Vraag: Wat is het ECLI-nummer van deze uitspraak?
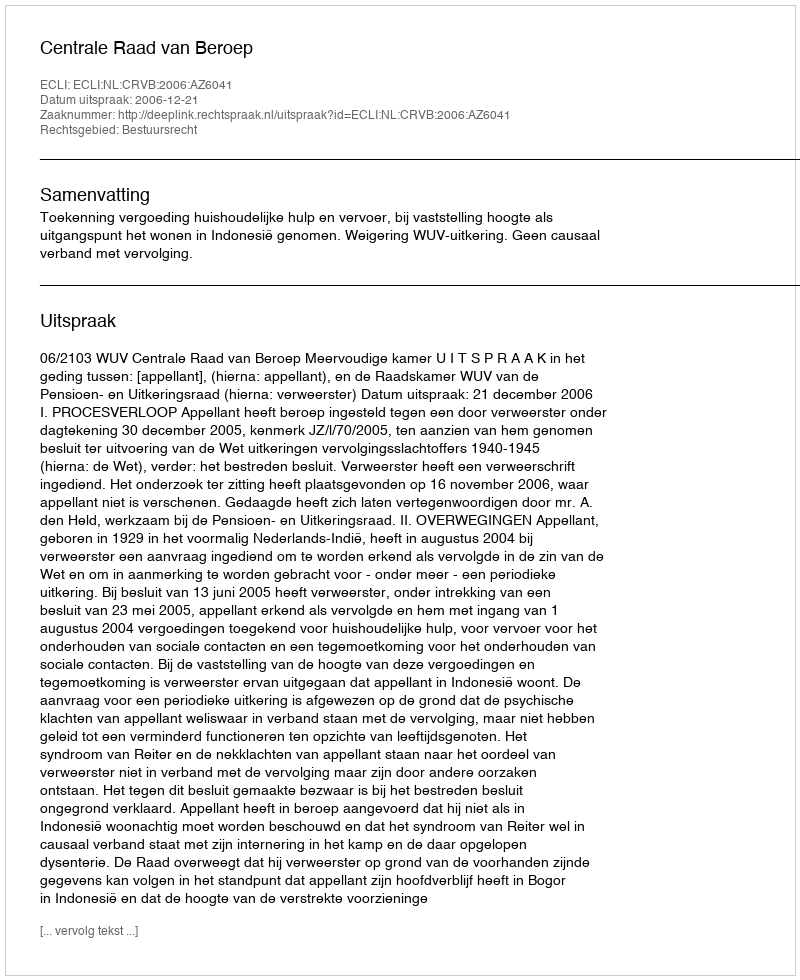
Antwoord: ECLI:NL:CRVB:2006:AZ6041